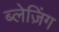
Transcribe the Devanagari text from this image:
ब्लेज़िंग